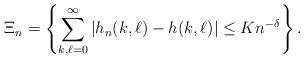
LaTeX: \begin{align*}\Xi_n = \left\{\sum_{k, \ell = 0}^\infty \left|h_n(k,\ell) - h(k, \ell)\right| \le K n^{-\delta}\right\}.\end{align*}